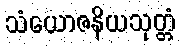
သံယောဇနိယသုတ္တံ